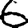
Digit: 6